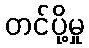
တင်ပို့မှု